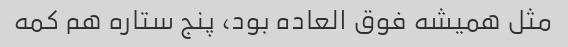
مثل همیشه فوق العاده بود، پنج ستاره هم کمه